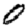
Digit: 0